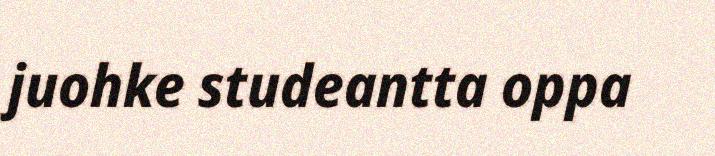
juohke studeantta oppa